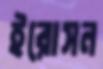
ইরোসন